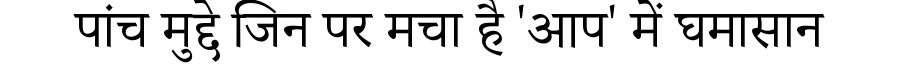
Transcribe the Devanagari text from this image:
पांच मुद्दे जिन पर मचा है 'आप' में घमासान